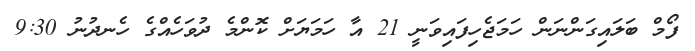
ފޯމް ބަލައިގަންނަން ހަމަޖެހިފައިވަނީ 21 އާ ހަމަޔަށް ކޮންމެ ދުވަހެއްގެ ހެނދުނު 9:30